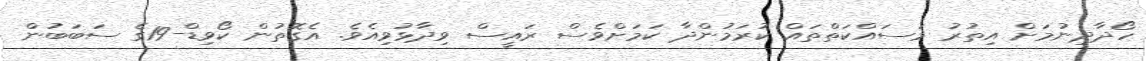
ހޯދާދިނުމަށް އިތުރު މަސައްކަތްތައް ކުރަމުންދާ ކަމަށްވެސް ރައީސް ވިދާޅުވިއެވެ. އެގޮތުން ކޯވިޑް-19ގެ ސަބަބުން